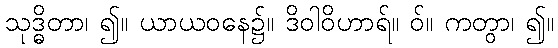
သုဒ္ဓိတာ၊ ၍။ ယာယဝနေ၌။ ဒိဝါဝိဟာရ်။ ဝ်။ ကတွာ၊ ၍။